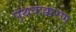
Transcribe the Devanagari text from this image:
पृथकक्करण